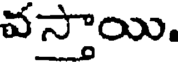
వస్తాయి.